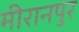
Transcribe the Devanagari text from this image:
मीरानपुर